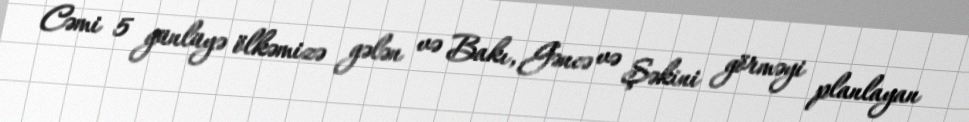
Cəmi 5 günlüyə ölkəmizə gələn və Bakı, Gəncə və Şəkini görməyi planlayan